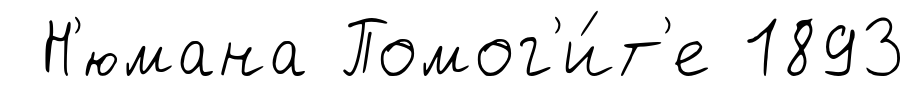
Н'юмана Помог'и́т'е 1893